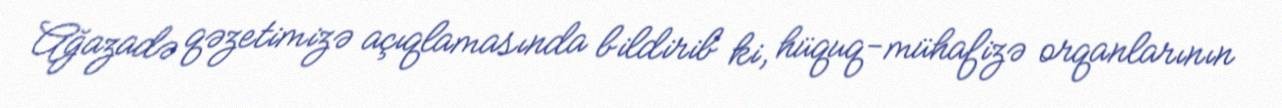
Ağazadə qəzetimizə açıqlamasında bildirib ki, hüquq-mühafizə orqanlarının